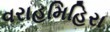
વરાહમિહિરા